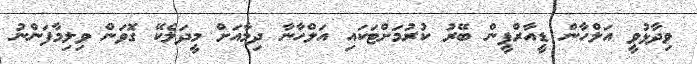
ވިދާޅުވީ އަލްހާން ޑީއާރްޕީން ބޭރު ކުރުމަށްޓަކައި އަލްހާނާ ދިމާއަށް މީދަލެކޭ ގޮވަން ވިލިމާފަންނު